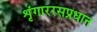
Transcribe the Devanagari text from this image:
शृंगाररसप्रधान